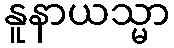
နူနာယသ္မာ